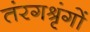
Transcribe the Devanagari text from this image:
तंरगश्रृंगों